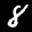
Label: 8